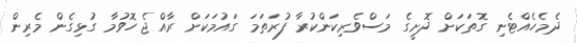
ދެމެހެއްޓެނި ގޮތަކަށް ދޮށީގެ މަސްވެރިކަންކުރާ ފުރަތަމަ ގައުމަކަށް ރާއްޖެ ހޮވުމާ ގުޅިގެން މެރިން